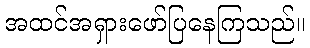
အထင်အရှားဖော်ပြနေကြသည်။